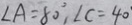
\angle A = 8 0 ^ { \circ } , \angle C = 4 0 ^ { \circ }